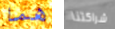
هما شراكتنا